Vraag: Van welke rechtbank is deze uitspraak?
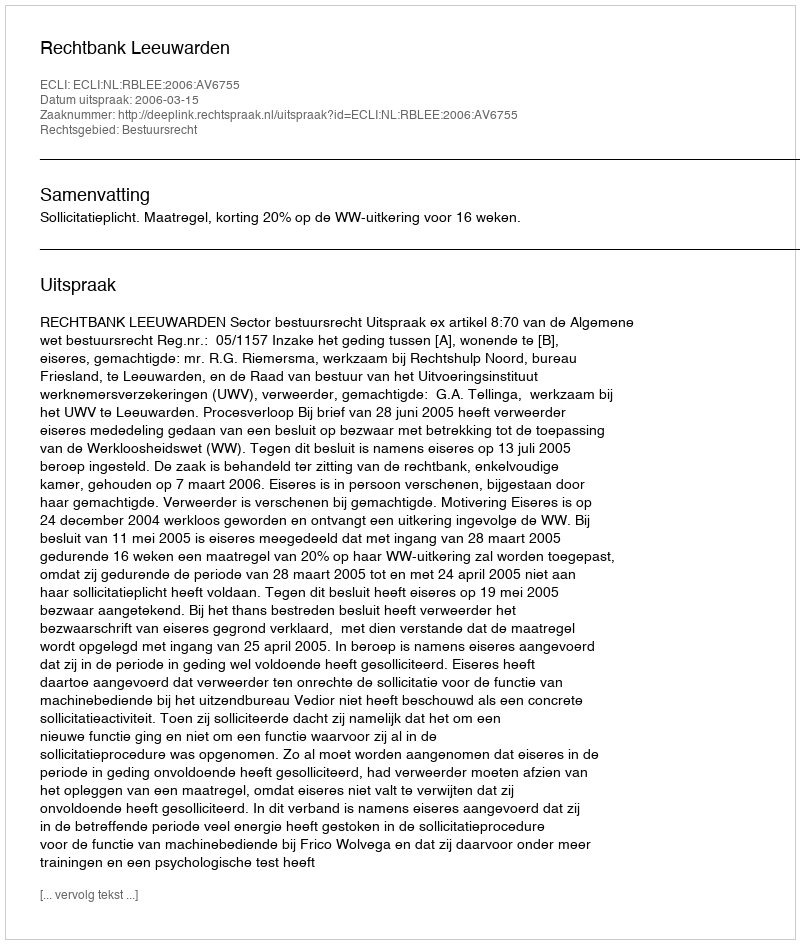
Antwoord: Rechtbank Leeuwarden